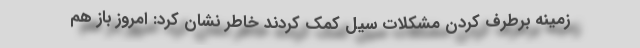
زمینه برطرف کردن مشکلات سیل کمک کردند خاطر نشان کرد: امروز باز هم